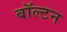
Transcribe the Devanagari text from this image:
बॉल्टन